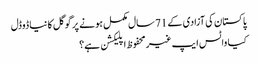
پاکستان کی آزادی کے 71 سال مکمل ہونے پر گوگل کا نیا ڈوڈل
کیا واٹس ایپ غیرمحفوظ اپلیکشن ہے؟